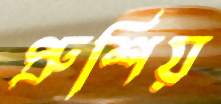
প্রুশিয়